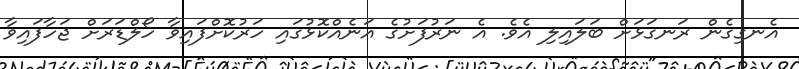
އެނގިގެން ރަނގަޅަށް ބަލައިލި އެވެ. އެ ނަރުފަށުގެ އަނެއްކޮޅުގައި ހަރުކޮށްފައިވާ ހޯލްޑަރަށް ޖަހާފައިވާ